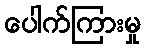
ပေါက်ကြားမှု